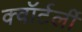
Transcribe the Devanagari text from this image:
क्वॉर्टर्ली